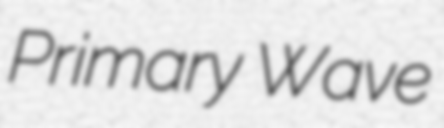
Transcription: Primary Wave